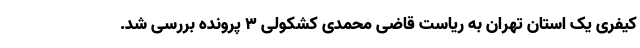
کیفری یک استان تهران به ریاست قاضی محمدی کشکولی ۳ پرونده بررسی شد.